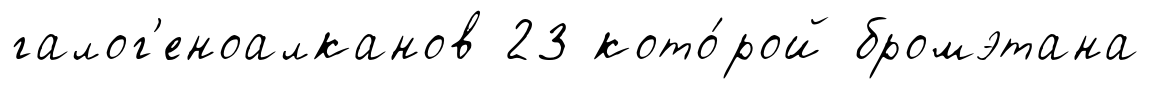
галог'еноалканов 23 кото́рой бромэтана